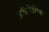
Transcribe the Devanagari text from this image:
अकैडेमिक